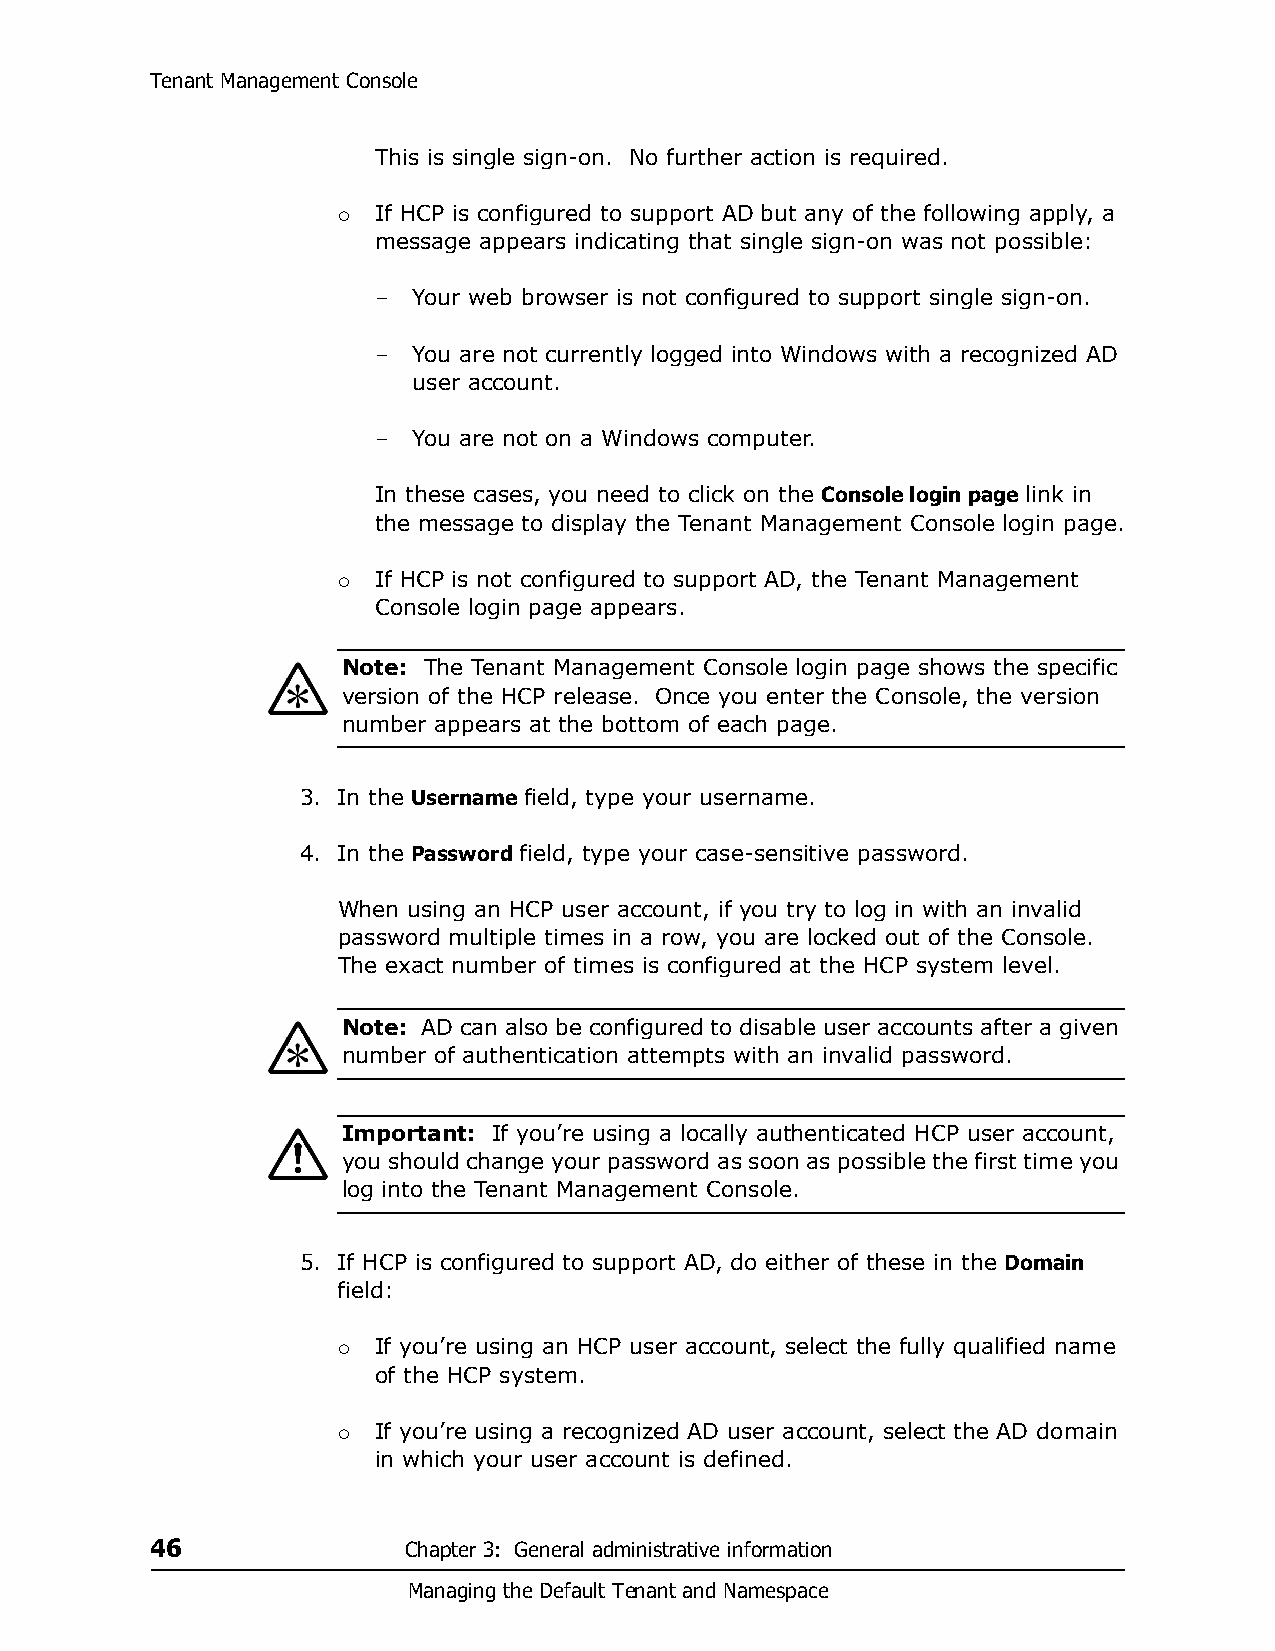
Tenant Management Console
 This is single sign-on. No further action is required.
 If HCP is configured to support AD but any of the following apply, a
 
 message appears indicating that single sign-on was not possible:
 – Your web browser is not configured to support single sign-on.
 – You are not currently logged into Windows with a recognized AD
 user account.
 – You are not on a Windows computer.
 In these cases, you need to click on the Console login page link in
 the message to display the Tenant Management Console login page.
 If HCP is not configured to support AD, the Tenant Management
 
 Console login page appears.
 Note: The Tenant Management Console login page shows the specific
 version of the HCP release. Once you enter the Console, the version
 number appears at the bottom of each page.
 3. In the Username field, type your username.
 4. In the Password field, type your case-sensitive password.
 When using an HCP user account, if you try to log in with an invalid
 password multiple times in a row, you are locked out of the Console.
 The exact number of times is configured at the HCP system level.
 Note: AD can also be configured to disable user accounts after a given
 number of authentication attempts with an invalid password.
 Important: If you’re using a locally authenticated HCP user account,
 you should change your password as soon as possible the first time you
 log into the Tenant Management Console.
 5. If HCP is configured to support AD, do either of these in the Domain
 field:
 If you’re using an HCP user account, select the fully qualified name
 
 of the HCP system.
 If you’re using a recognized AD user account, select the AD domain
 
 in which your user account is defined.
 46               Chapter 3: General administrative information
 Managing the Default Tenant and Namespace